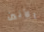
الأنين